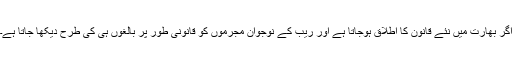
اگر بھارت میں نئے قانون کا اطلاق ہوجاتا ہے اور ریب کے نوجوان مجرموں کو قانونی طور پر بالغوں ہی کی طرح دیکھا جاتا ہے۔